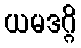
ယမဒဂ္ဂိ